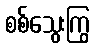
စစ်သွေးကြွ